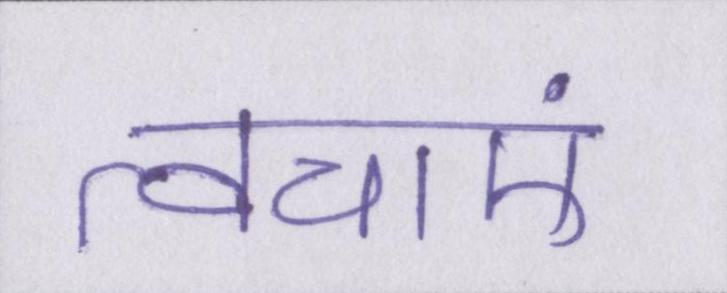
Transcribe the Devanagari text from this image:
त्वचाएं